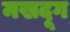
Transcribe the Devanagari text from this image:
मखदूग